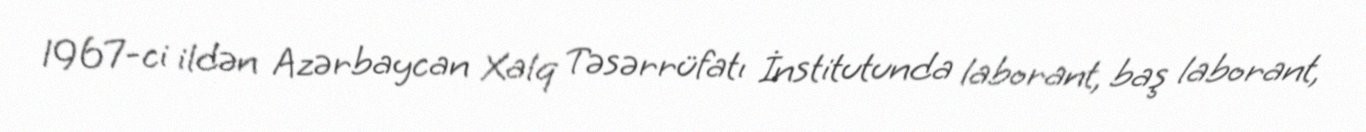
1967-ci ildən Azərbaycan Xalq Təsərrüfatı İnstitutunda laborant, baş laborant,